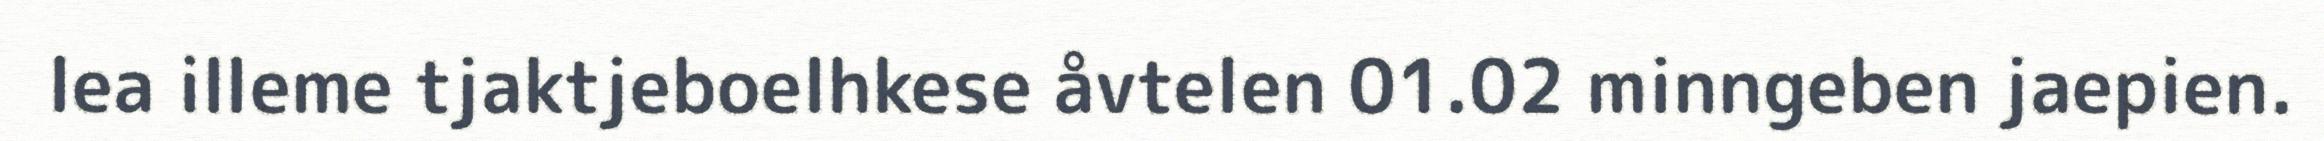
lea illeme tjaktjeboelhkese åvtelen 01.02 minngeben jaepien.